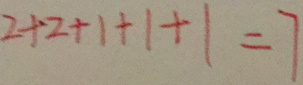
2 + 2 + 1 + 1 + 1 = 7